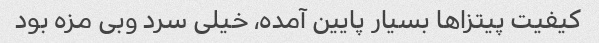
کیفیت پیتزاها بسیار پایین آمده، خیلی سرد وبی مزه بود